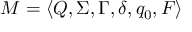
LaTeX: M = \langle Q , \Sigma , \Gamma , \delta , q _ { 0 } , F \rangle